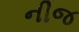
નીજ